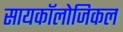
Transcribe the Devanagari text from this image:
सायकॉलोजिकल